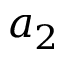
a _ { 2 }